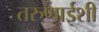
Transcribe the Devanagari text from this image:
तरुणाईशी